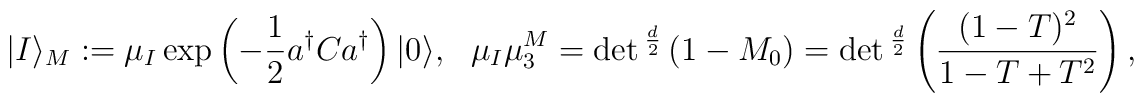
|I\rangle_M:=\mu_I\exp\left(-{1\over2}a^\dagger Ca^\dagger\right)|0\rangle,\ \ \ \mu_I\mu_3^M=\det{}^{d\over2}\left(1-M_0\right)=\det{}^{d\over2}\left({(1-T)^2\over1-T+T^2}\right),